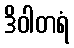
ဒိဝါတရံ